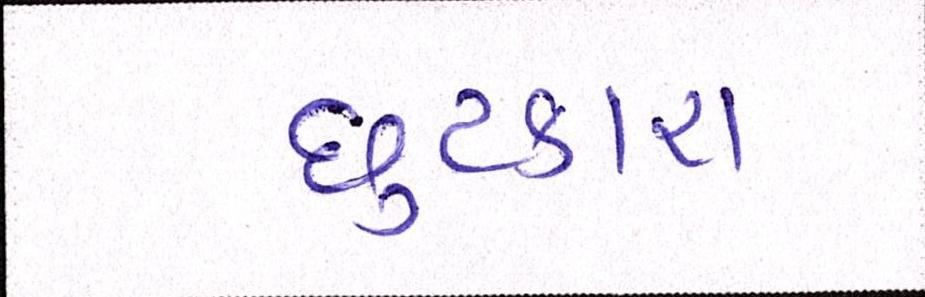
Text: છુટકારા